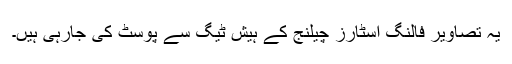
یہ تصاویر فالنگ اسٹارز چیلنج کے ہیش ٹیگ سے پوسٹ کی جارہی ہیں۔